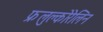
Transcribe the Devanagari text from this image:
फ्रलुक्लोरेलिन